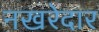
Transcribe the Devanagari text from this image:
नखरेदार